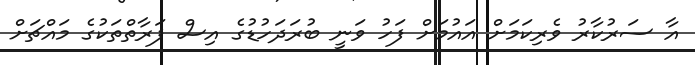
އާ ސަރުކާރު ވެރިކަމަށް އައުމަށް ފަހު ވަނީ ބުރަދަހުޑުގެ އިސް ފަރާތްތަކުގެ މައްޗަށް